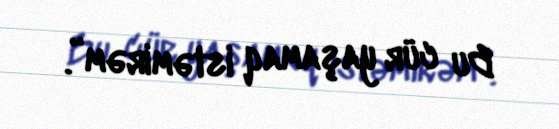
Bu cür yaşamaq istəmirəm”.